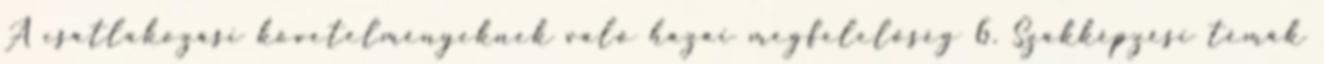
A csatlakozási követelményeknek való hazai megfelelőség 6. Szakképzési témák